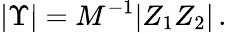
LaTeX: |\Upsilon|=M^{-1}|Z_{1}Z_{2}|\, .